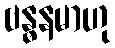
ဗန္ဓနမာဟု